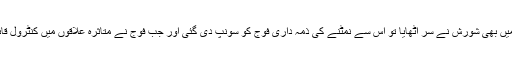
گز شتہ کئی دہائیوں سے یہ ریت چلی آرہی ہے کہ ملک کے جس گوشے میں بھی شورش نے سر اٹھایا تو اس سے نمٹنے کی ذمہ داری فوج کو سونپ دی گئی اور جب فوج نے متاثرہ علاقوں میں کنٹرول قائم کر لیا تو سول انتظامیہ اپنی ذمہ داریاں سنبھالنے کے لئے آگے نہیں آئی۔